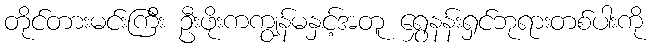
တိုင်တားမင်းကြီး ဦးဖိုးကကျွန်မနှင့်အတူ ရွှေနန်းရှင်ဘုရားတစ်ပါးကို